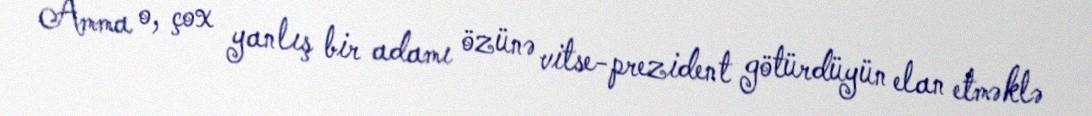
Amma o, çox yanlış bir adamı özünə vitse-prezident götürdüyün elan etməklə